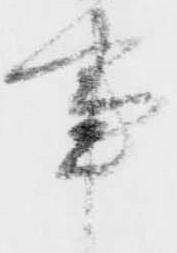
事